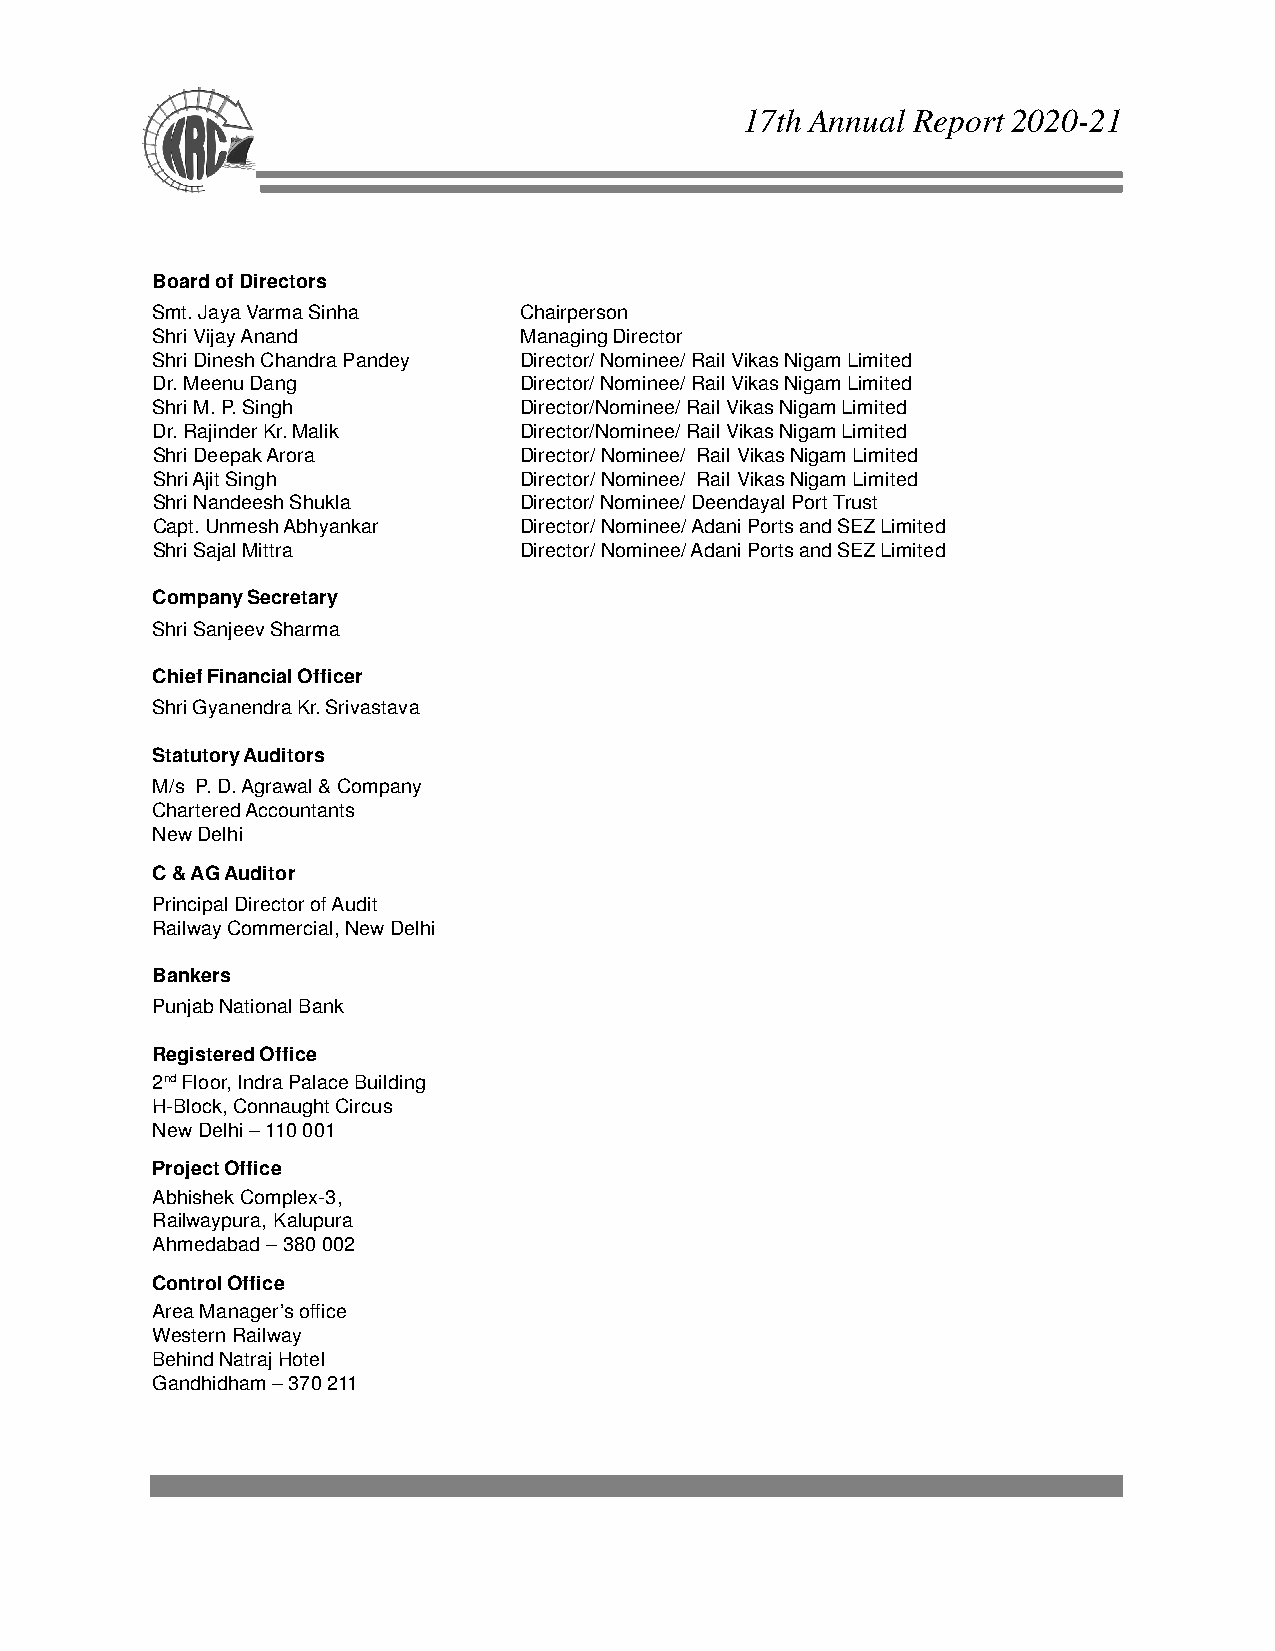
17th Annual Report 2020-21
 Board of Directors
 Smt. Jaya Varma Sinha   Chairperson
 Shri Vijay Anand        Managing Director
 Shri Dinesh Chandra Pandey Director/ Nominee/ Rail Vikas Nigam Limited
 Dr. Meenu Dang          Director/ Nominee/ Rail Vikas Nigam Limited
 Shri M. P. Singh        Director/Nominee/ Rail Vikas Nigam Limited
 Dr. Rajinder Kr. Malik  Director/Nominee/ Rail Vikas Nigam Limited
 Shri Deepak Arora       Director/ Nominee/ Rail Vikas Nigam Limited
 Shri Ajit Singh         Director/ Nominee/ Rail Vikas Nigam Limited
 Shri Nandeesh Shukla    Director/ Nominee/ Deendayal Port Trust
 Capt. Unmesh Abhyankar  Director/ Nominee/ Adani Ports and SEZ Limited
 Shri Sajal Mittra       Director/ Nominee/ Adani Ports and SEZ Limited
 Company Secretary
 Shri Sanjeev Sharma
 Chief Financial Officer
 Shri Gyanendra Kr. Srivastava
 Statutory Auditors
 M/s P. D. Agrawal & Company
 Chartered Accountants
 New Delhi
 C & AG Auditor
 Principal Director of Audit
 Railway Commercial, New Delhi
 Bankers
 Punjab National Bank
 Registered Office
 2nd Floor, Indra Palace Building
 H-Block, Connaught Circus
 New Delhi – 110 001
 Project Office
 Abhishek Complex-3,
 Railwaypura, Kalupura
 Ahmedabad – 380 002
 Control Office
 Area Manager’s office
 Western Railway
 Behind Natraj Hotel
 Gandhidham – 370 211
 1